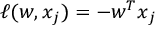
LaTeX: \ell ( w , x _ { j } ) = - w ^ { T } x _ { j }